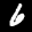
Label: 6